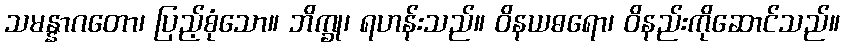
သမန္နာဂတော၊ ပြည့်စုံသော။ ဘိက္ခု၊ ရဟန်းသည်။ ဝိနယဓရော၊ ဝိနည်းကိုဆောင်သည်။